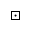
\boxdot